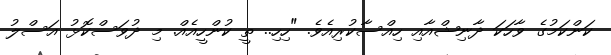
ކަންކަމުގެ ވާހަކަ ދާނިޝްއާއި ހިއްސާކުރިއެވެ. "ހިހި.. ތީ ކުންހީއެއް. މި ދުވަސްކޮޅު އަސްލު